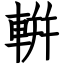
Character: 輧